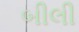
બીલી